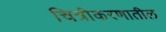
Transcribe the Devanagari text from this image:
चित्रीकरणातील